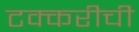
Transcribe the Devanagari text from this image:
टक्करीची